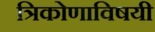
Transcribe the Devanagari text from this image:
त्रिकोणाविषयी